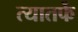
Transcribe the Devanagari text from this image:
त्यातर्फे